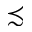
\precsim